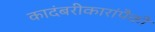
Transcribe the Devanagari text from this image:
कादंबरीकारांपैकी